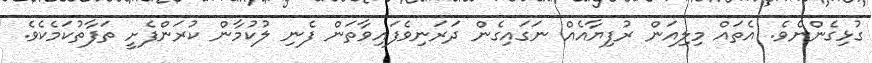
ގުޅިގެންނެވެ. އެތައް މިލިއަން ރުފިޔާއެއް ނަގައިގެން ދަރަނިވެފައިވާތަން ފެނި ލުކުމާން ކުރަންފެށީ ތަފާތުކަމެކެވެ.